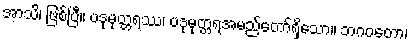
အာသိ၊ ဖြစ်ပြီ။ ပဒုမုတ္တရဿ၊ ပဒုမုတ္တရအမည်တော်ရှိသော။ ဘဂဝတော၊